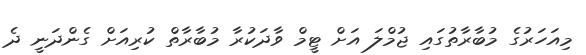
މިއަހަރުގެ މުބާރާތުގައި ޖުމްލަ އަށް ޓީމް ވާދަކުރާ މުބާރާތް ކުރިއަށް ގެންދަނީ ދެ